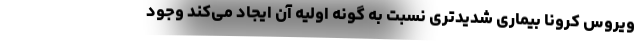
ویروس کرونا بیماری شدیدتری نسبت به گونه اولیه آن ایجاد می‌کند وجود